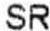
SR